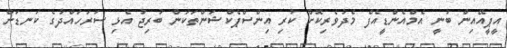
އީޕީއޭއިން ބުނީ އެމްއެންޑީއެފް މެދުވެރިކޮށް ކުރި އިންސްޕެކްޝަންތަކުން ބުރިޖު އެޅި ސަރަހައްދުގެ ކަނޑަށް